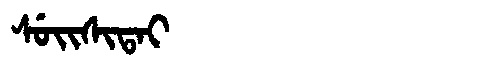
Manchu: ᠰᡠᡳᠰᡳᡨᠠᡳ
Romanization: SUISITAI